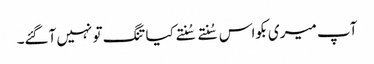
آپ میری بکواس سُنتے سُنتے کیا تنگ تو نہیں آگئے۔